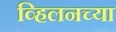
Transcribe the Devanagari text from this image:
व्हिलनच्या